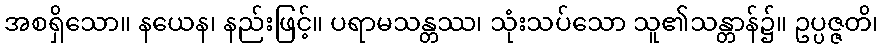
အစရှိသော။ နယေန၊ နည်းဖြင့်။ ပရာမသန္တဿ၊ သုံးသပ်သော သူ၏သန္တာန်၌။ ဥပ္ပဇ္ဇတိ၊